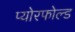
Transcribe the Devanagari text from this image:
प्योरफोल्ड